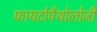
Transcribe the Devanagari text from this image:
फायटोपैथोलोजी